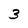
Character: 3